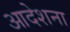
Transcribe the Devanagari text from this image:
आदेशना